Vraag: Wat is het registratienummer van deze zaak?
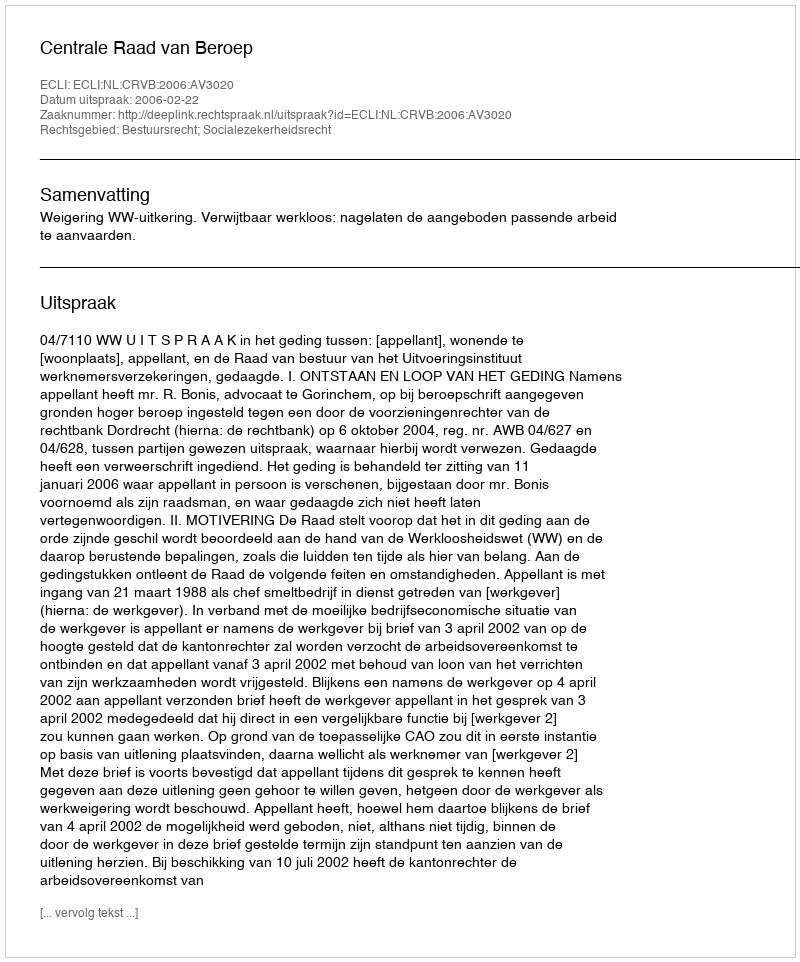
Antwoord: http://deeplink.rechtspraak.nl/uitspraak?id=ECLI:NL:CRVB:2006:AV3020